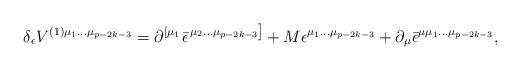
LaTeX: \begin{align*}\delta _\epsilon V^{(1)\mu _1\ldots \mu _{p-2k-3}}=\partial^{\left[ \mu _1\right. }\bar \epsilon ^{\left. \mu _2\ldots \mu_{p-2k-3}\right] }+M\epsilon ^{\mu _1\ldots \mu _{p-2k-3}}+\partial _\mu\bar \epsilon ^{\mu \mu _1\ldots \mu _{p-2k-3}},\end{align*}